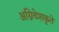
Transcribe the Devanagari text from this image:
अग्निवेशकृते